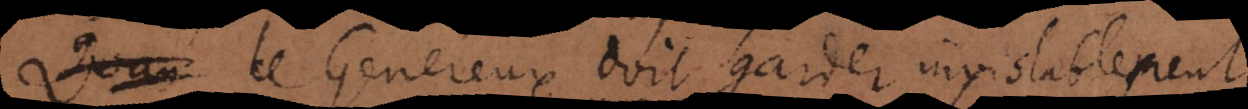
Le Genereux doit garder inviolablement